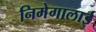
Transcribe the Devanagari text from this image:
निमेगालाई